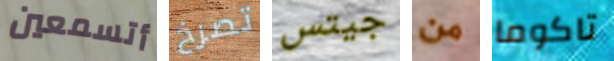
أتسمعين تصرخ جيتس من تاكوما